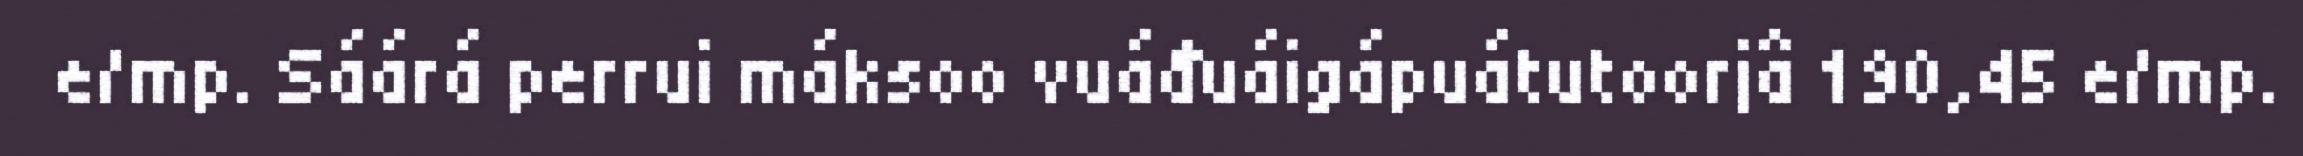
e/mp. Sáárá perrui máksoo vuáđuáigápuátutoorjâ 190,45 e/mp.